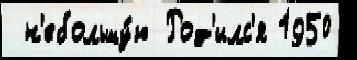
 н'ебольшу́ю Род'илс'я 1950